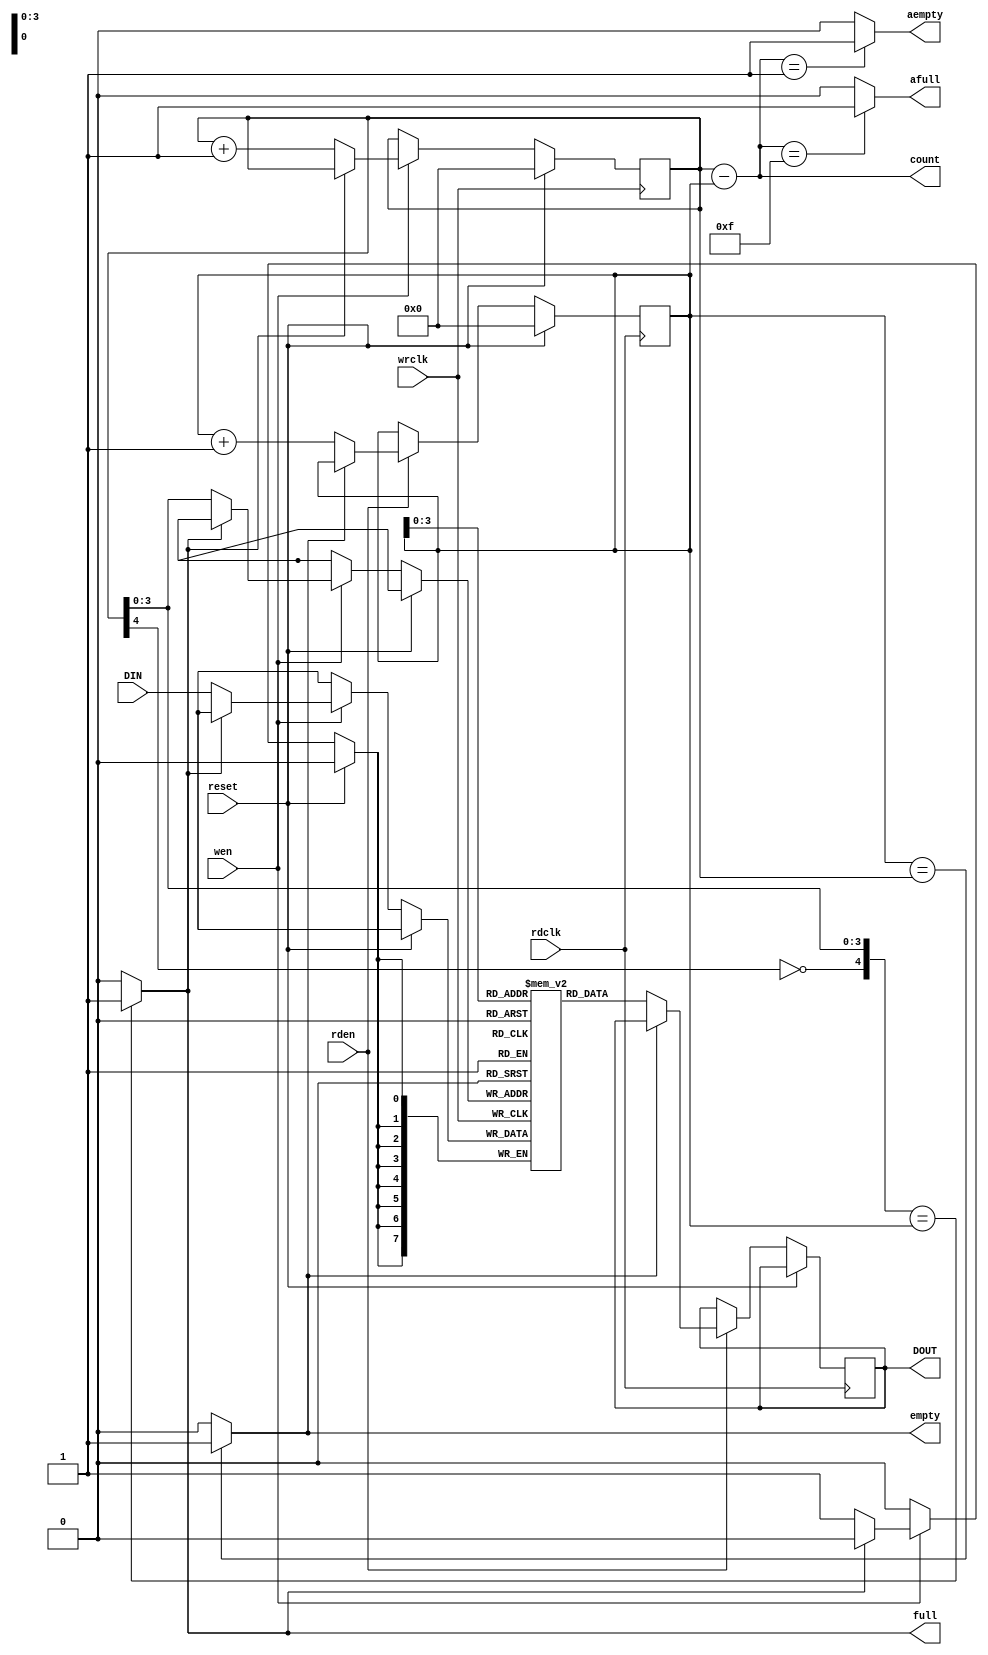
`timescale 1ns / 1ps
//////////////////////////////////////////////////////////////////////////////////
// Company: 
// Engineer: 
// 
// Design Name: 
// Module Name:    fifo 
// Project Name: 
// Target Devices: 
// Tool versions: 
// Description: 
//
// Dependencies: 
//
// Revision: 
// Revision 0.01 - File Created
// Additional Comments: 
//
//////////////////////////////////////////////////////////////////////////////////
module fifo
	#(parameter FIFO_ADDR_WIDTH = 4
	)
	(
		input reset,

		//writing port
		input wrclk,      			              // clock used as FIFO write clock
		input wen,					                 // write enable
		input [7:0] DIN,								  // data in
		output wire afull,							  // almost full signal
		output wire full,								  // full signal
		
		//reading ports
		input rdclk,										// clock used as FIFO read clock
		input rden,											// read enable
		output reg [7:0] DOUT,							// data read
		output wire empty,								// empty signal
		output wire aempty,								// almost empty signal
		output wire [FIFO_ADDR_WIDTH:0] count	   // Data count = written data - read data

    );
	 
	localparam MEMSIZE = 2 ** FIFO_ADDR_WIDTH;
	
	reg  [FIFO_ADDR_WIDTH:0] wptr; // points to the next address to be written
	reg  [FIFO_ADDR_WIDTH:0] rptr; // points to the next address to be read

	// memory name
	reg [7:0] mem [MEMSIZE-1:0];
	
	// dual port RAM
/*******************************************************************************************	
	//write into dual port RAM
*******************************************************************************************/
	
	always @ ( posedge wrclk )
		if (reset)
			wptr <= 0;
		else if (wen)
			begin 
				if (~full)
					begin 
						mem[wptr[FIFO_ADDR_WIDTH-1:0]] <= DIN;
						wptr <= wptr + 1'b1;
					end
			end
/*******************************************************************************************		
	// read from dual port RAM
********************************************************************************************/
	
	always @ (posedge rdclk)
		if (reset)
			rptr <= 0;
		else if (rden)
			begin
				if (~empty)
					begin
						DOUT <= mem[rptr[FIFO_ADDR_WIDTH-1:0]];
						rptr <= rptr + 1'b1;
					end
			end
	
/******************************************************************************************	
	// empty generation logic
******************************************************************************************/

	// assign empty output
		assign empty = (rptr == wptr) ? 1'b1 : 1'b0;
		
/*****************************************************************************************
		full generation logic
*****************************************************************************************/

	// assign Full_OUT output
		assign full = ({~wptr[FIFO_ADDR_WIDTH], wptr[FIFO_ADDR_WIDTH-1:0]} == rptr) ? 1'b1 : 1'b0;
		
// count = data written - data read

		assign count = wptr - rptr;
		 
		assign aempty = (count == 1) ? 1'b1: 1'b0;
		
		assign afull = (count == (MEMSIZE - 1)) ? 1'b1: 1'b0;

endmodule